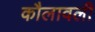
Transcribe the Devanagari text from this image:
कौलावली